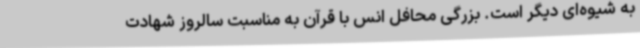
به شیوه‌ای دیگر است. بزرگی محافل انس با قرآن به مناسبت سالروز شهادت